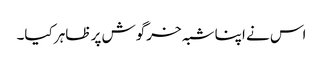
اس نے اپنا شبہ خرگوش پر ظاہر کیا۔